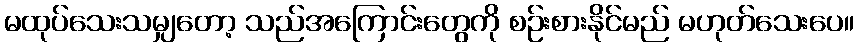
မထုပ်သေးသမျှတော့ သည်အကြောင်းတွေကို စဉ်းစားနိုင်မည် မဟုတ်သေးပေ။